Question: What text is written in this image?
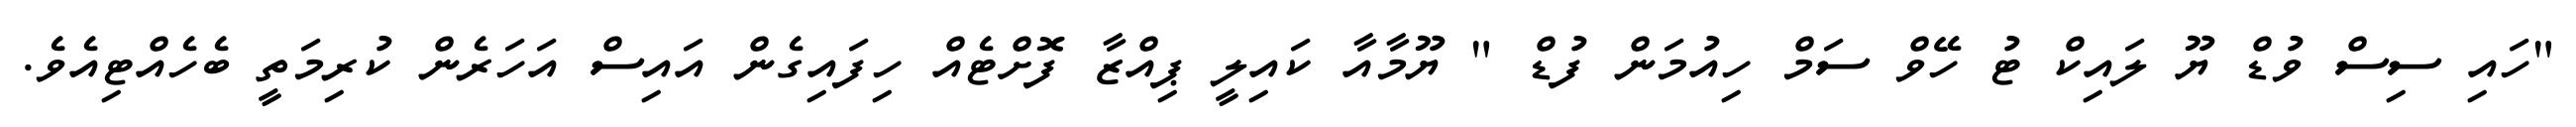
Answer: "ހައި ސިސް ވުޑް ޔޫ ލައިކް ޓު ހޭވް ސަމް ހިއުމަން ފުޑް " ޔޫމާއާ ކައިލީ ޕިއްޒާ ފޮށްޓެއް ހިފައިގެން އައިސް އަހަރެން ކުރިމަތީ ބެހެއްޓިއެވެ.